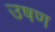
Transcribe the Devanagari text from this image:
उषण